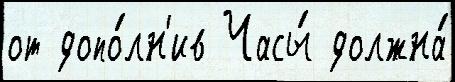
от допо́лн'ив Часы́ должна́